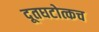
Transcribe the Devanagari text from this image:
दूतघटोत्कच